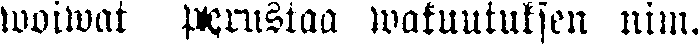
woiwat perustaa wakuutuksen nim.